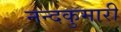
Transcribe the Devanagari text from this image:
नन्दकुमारी